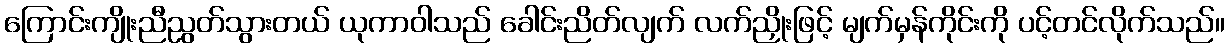
ကြောင်းကျိုးညီညွတ်သွားတယ် ယုကာဝါသည် ခေါင်းညိတ်လျက် လက်ညှိုးဖြင့် မျက်မှန်ကိုင်းကို ပင့်တင်လိုက်သည်။